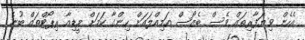
އެހެން ވިޔަފާރިތައް ވެސް ބެޒޯސް އަމިއްލައަށް ހިންގާ ކަމަށް މީޑިއާ ރިޕޯޓްތައް ބުނެ